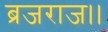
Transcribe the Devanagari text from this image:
ब्रजराज।।